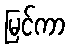
မြင်ကာ